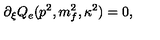
\partial _ { \xi } Q _ { e } ( p ^ { 2 } , m _ { f } ^ { 2 } , \kappa ^ { 2 } ) = 0 ,